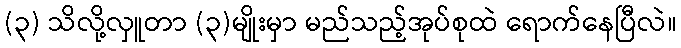
(၃) သိလို့လှူတာ (၃)မျိုးမှာ မည်သည့်အုပ်စုထဲ ရောက်နေပြီလဲ။